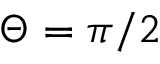
\Theta = \pi / 2